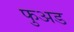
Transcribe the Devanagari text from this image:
फुअड